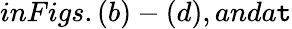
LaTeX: inFigs.(b)-(d),anda\mathtt{t}